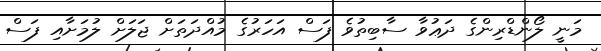
މަނީ ލޯންޑްރިންގެ ދަޢުވާ ސާބިތުވެ ފަސް އަހަރުގެ މުއްދަތަށް ޖަލަށް ލުމަށާއި ފަސް